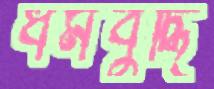
ধর্মবুদ্ধি